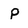
Character: P